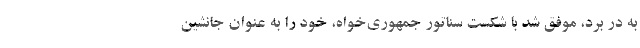
به در برد، موفق شد با شکست سناتور جمهوری‌خواه، خود را به عنوان جانشین